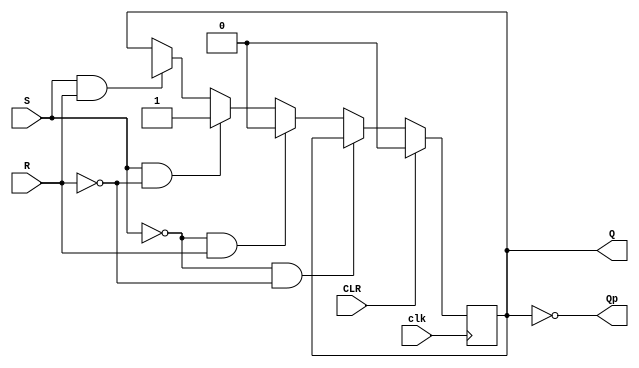
module RSFF(
    input clk,
    input S,
    input R,
    input CLR,
    output Q,
    output Qp
);

reg Q;

// falling edge triggered
always @(posedge !clk) begin
    if(CLR) Q<=1'b0;
    else begin
        if((S==1'b0)&&(R==1'b0)) Q<=Q;
        else if((S==1'b0)&&(R==1'b1)) Q<=1'b0;
        else if((S==1'b1)&&(R==1'b0)) Q<=1'b1;
        else if((S==1'b1)&&(R==1'b1)) Q<=1'bx;
    end
end

assign Qp = ~Q;

endmodule